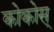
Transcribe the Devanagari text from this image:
कोकोस्